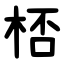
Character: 桮